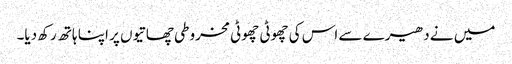
میں نے دھیرے سے اس کی چھوٹی چھوٹی مخروطی چھاتیوں پر اپنا ہاتھ رکھ دیا۔